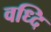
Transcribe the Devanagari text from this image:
वध्दि